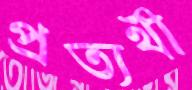
প্রত্যর্থী